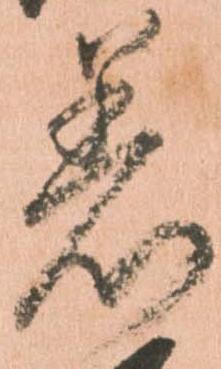
着